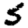
Digit: 5